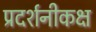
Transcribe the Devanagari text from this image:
प्रदर्शनीकक्ष